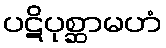
ပဋိပုစ္ဆာမဟံ